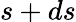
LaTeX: s+ds